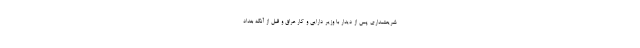
شریعتمداری پس از دیدار با وزیر دارایی و کار عراق و قبل از آنکه بغداد